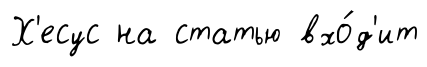
Х'есус на статью вхо́д'ит